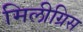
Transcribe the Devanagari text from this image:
मिलीग्रिस